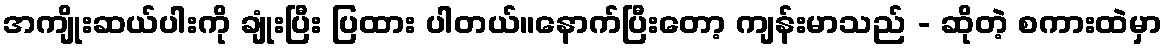
အကျိုးဆယ်ပါးကို ချုံးပြီး ပြထား ပါတယ်။နောက်ပြီးတော့ ကျန်းမာသည် - ဆိုတဲ့ စကားထဲမှာ